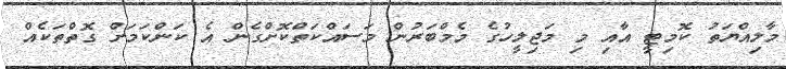
މާލިއްޔަތު ކޮމިޓީ އާއި މި މަޖިލީހުގެ މެމްބަރުން މަސައްކަތްކޮށްގެން އެ ކަންކަމަށް ގޮތްތަކެއް